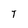
Character: T